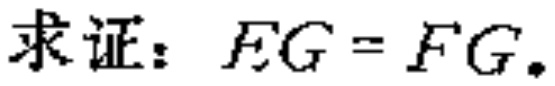
求证：\(EG = FG\)。